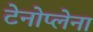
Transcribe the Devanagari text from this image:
टेनोप्लेना